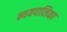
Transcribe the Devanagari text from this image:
न्ययपालिका